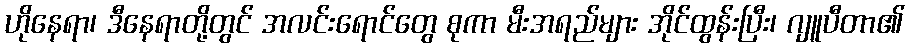
ဟိုနေရာ၊ ဒီနေရာတို့တွင် အလင်းရောင်တွေ စုကာ မီးအရည်များ အိုင်ထွန်းပြီး၊ ဂျူပီတာ၏